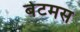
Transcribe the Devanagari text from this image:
बेटमस